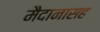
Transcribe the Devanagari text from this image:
मैदानासह